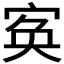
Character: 𡨡